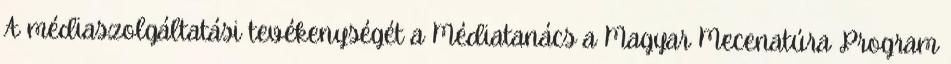
A médiaszolgáltatási tevékenységét a Médiatanács a Magyar Mecenatúra Program